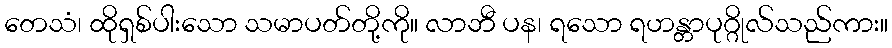
တေသံ၊ ထိုရှစ်ပါးသော သမာပတ်တို့ကို။ လာဘီ ပန၊ ရသော ရဟန္တာပုဂ္ဂိုလ်သည်ကား။